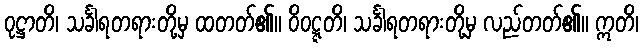
ဝုဋ္ဌာတိ၊ သင်္ခါရတရားတို့မှ ထတတ်၏။ ဝိဝဋ္ဋတိ၊ သင်္ခါရတရားတို့မှ လည်တတ်၏။ ဣတိ၊